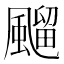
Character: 飀